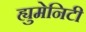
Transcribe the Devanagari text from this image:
ह्युमेनिटी